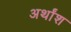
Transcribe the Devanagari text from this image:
अर्थांश